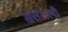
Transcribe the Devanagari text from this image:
सत्तेतली